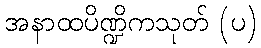
အနာထပိဏ္ဍိကသုတ် (ပ)